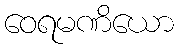
ဝေရမဏိယော